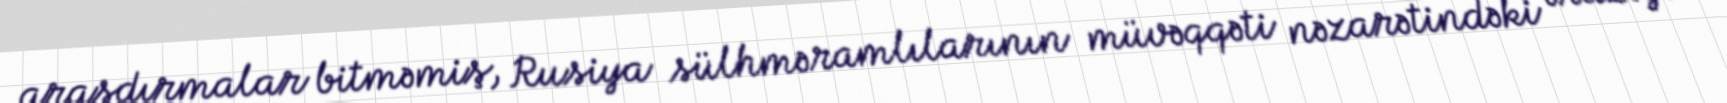
araşdırmalar bitməmiş, Rusiya sülhməramlılarının müvəqqəti nəzarətindəki əraziyə